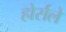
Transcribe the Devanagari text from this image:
होर्सले